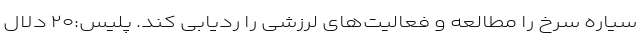
سیاره سرخ را مطالعه و فعالیت‌های لرزشی را ردیابی کند. پلیس:۲۰ دلال